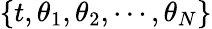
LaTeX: \{ t,\theta_{1},\theta_{2},\cdots,\theta_{N}\}